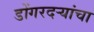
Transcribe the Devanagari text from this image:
डोंगरदर्‍यांचा